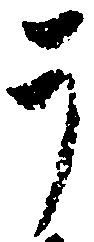
う